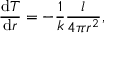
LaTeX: { \frac { { \mathrm { d } } T } { { \mathrm { d } } r } } = - { \frac { 1 } { k } } { \frac { l } { 4 \pi r ^ { 2 } } } ,